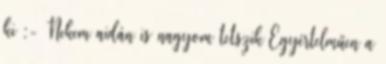
ki :- Nekem aidán is nagyom tetszik Egyértelműen a